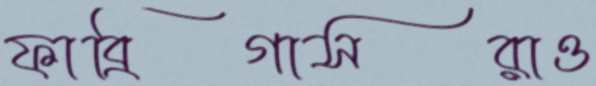
ফাব্রিগাসরাও